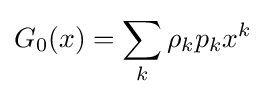
G_{0}(x)=\sum _{k}\rho _{k}p_{k}x^{k}